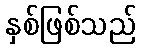
နှစ်ဖြစ်သည်